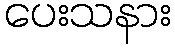
ပေးသနား